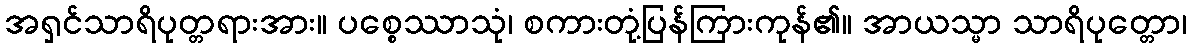
အရှင်သာရိပုတ္တရားအား။ ပစ္စေဿာသုံ၊ စကားတုံ့ပြန်ကြားကုန်၏။ အာယသ္မာ သာရိပုတ္တော၊